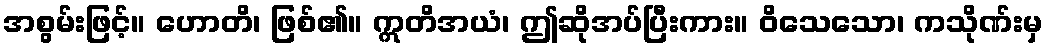
အစွမ်းဖြင့်။ ဟောတိ၊ ဖြစ်၏။ ဣတိအယံ၊ ဤဆိုအပ်ပြီးကား။ ဝိသေသော၊ ကသိုဏ်းမှ